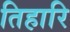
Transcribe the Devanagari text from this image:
तिहारि